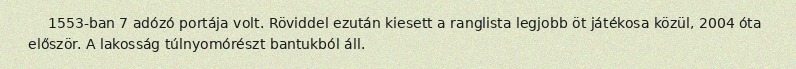
1553-ban 7 adózó portája volt. Röviddel ezután kiesett a ranglista legjobb öt játékosa közül, 2004 óta először. A lakosság túlnyomórészt bantukból áll.